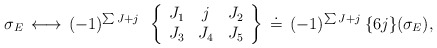
\begin{align*}\sigma_E \,\longleftrightarrow\,(-1)^{\sum J + j}\:\:\left\{ \begin{array}{ccc}J_1 & j & J_2 \\J_3 & J_4 & J_5\end{array}\right\}\,\doteq\,(-1)^{\sum J +j}\:\{6j\}(\sigma_E),\end{align*}